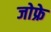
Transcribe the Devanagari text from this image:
जोफ्रे